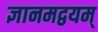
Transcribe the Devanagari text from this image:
ज्ञानमद्वयम्‌